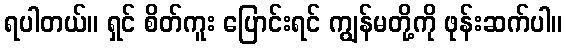
ရပါတယ်။ ရှင် စိတ်ကူး ပြောင်းရင် ကျွန်မတို့ကို ဖုန်းဆက်ပါ။